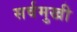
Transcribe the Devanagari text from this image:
सर्वमुखी